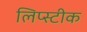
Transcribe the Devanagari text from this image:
लिप्स्टीक